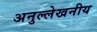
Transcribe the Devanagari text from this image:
अनुल्लेखनीय